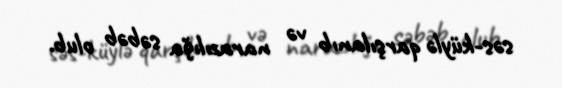
səs-küylə qarşılanıb və narazılığa səbəb olub.